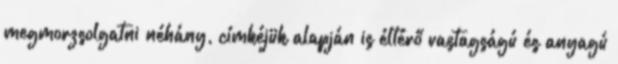
megmorzsolgatni néhány, címkéjük alapján is éltérő vastagságú és anyagú